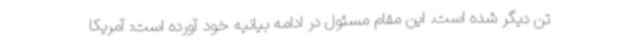
تن دیگر شده است. این مقام مسئول در ادامه بیانیه خود آورده است: آمریکا